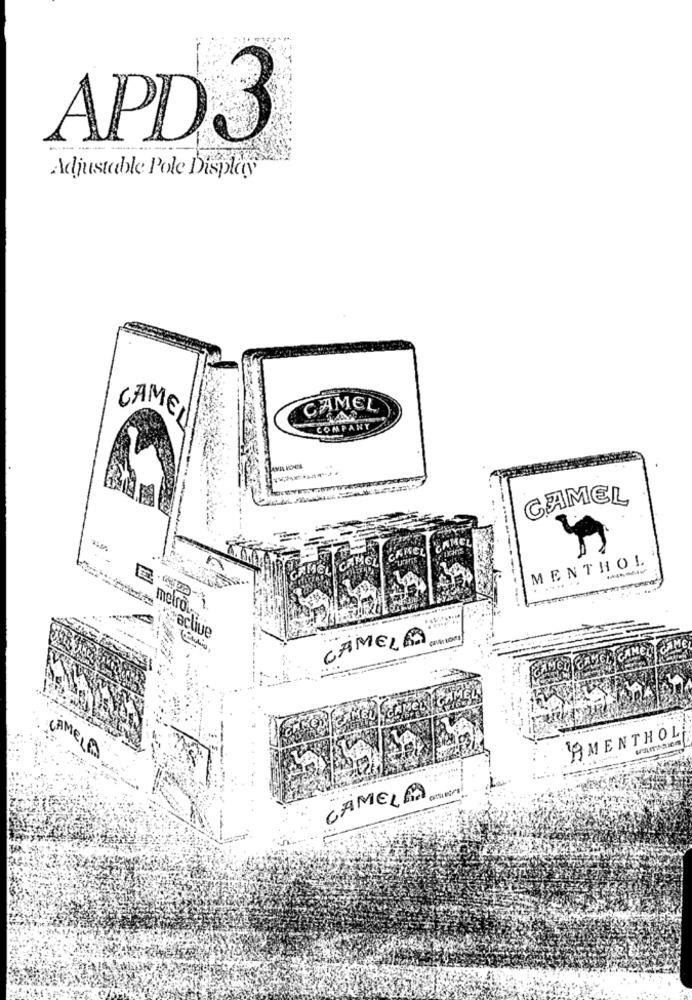
APD3
Adjustable Pole Display
CAMEL
CAMEL
COMPANY
CAMEL
CKISELE CAMEL
CAMEL CAMEL
MENTHOL
metro. 1.
:active
CAMELA
AMENTHOL
CAMELA
CAMEL AD OSM